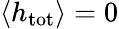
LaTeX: \langle h_{\mathrm{tot}}\rangle=0